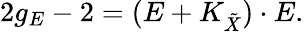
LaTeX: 2g_{E}-2=(E+K_{\tilde{X}})\cdot E.